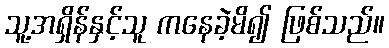
သူ့အရှိန်နှင့်သူ ကနေခဲ့မိ၍ ဖြစ်သည်။